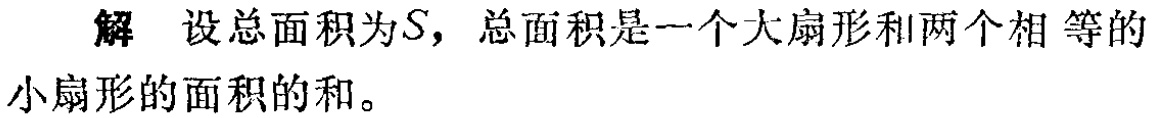
解 设总面积为\(S\)，总面积是一个大扇形和两个相等的小扇形的面积的和。